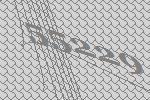
55229